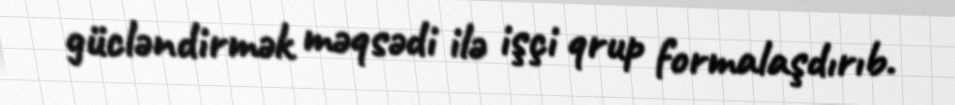
gücləndirmək məqsədi ilə işçi qrup formalaşdırıb.